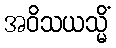
အဝိသယသ္မိံ